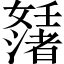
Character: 𡤊